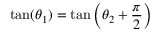
\tan ( \theta _ { 1 } ) = \tan \left( \theta _ { 2 } + { \frac { \pi } { 2 } } \right)